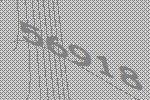
56918